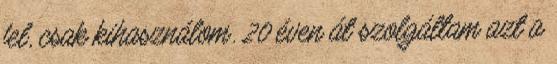
fel, csak kihasználom. 20 éven át szolgáltam azt a